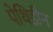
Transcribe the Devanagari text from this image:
पेथिडीन